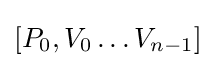
[P_{0},V_{0}\dots V_{n-1}]